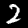
Digit: 2